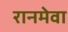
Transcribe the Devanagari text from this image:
रानमेवा